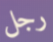
رجل